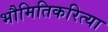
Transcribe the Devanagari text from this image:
भौमितिकरित्या